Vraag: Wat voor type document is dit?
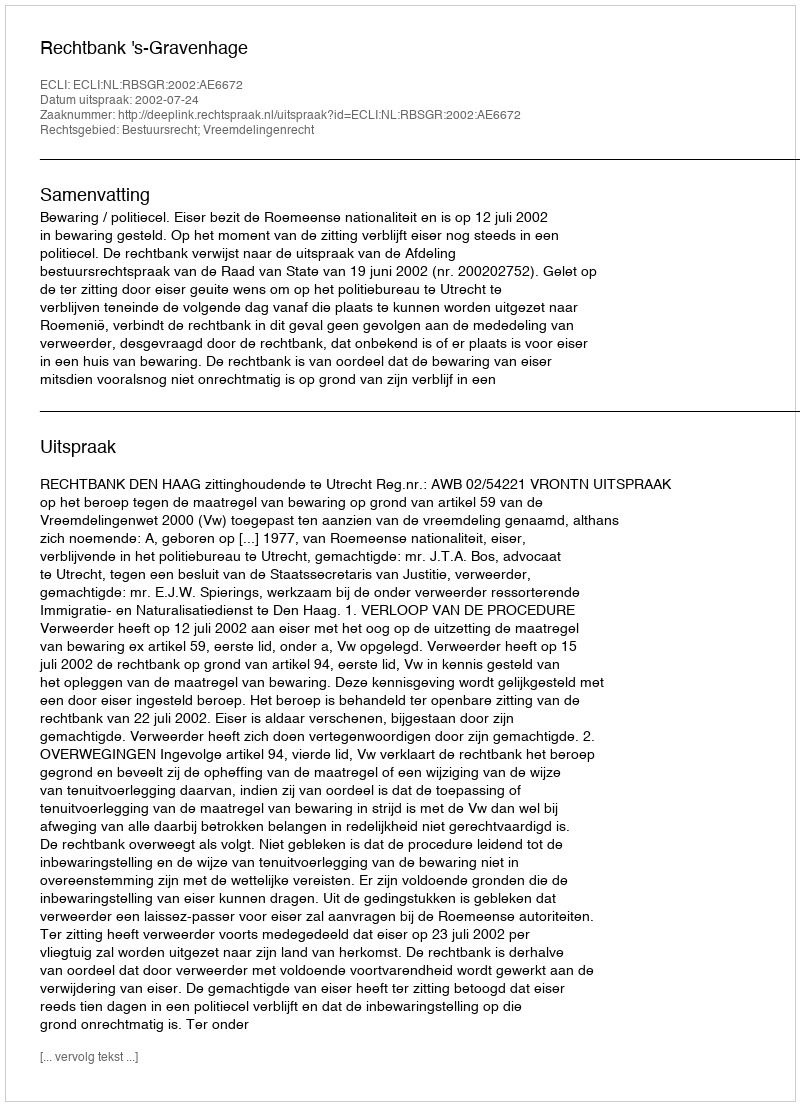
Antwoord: Uitspraak